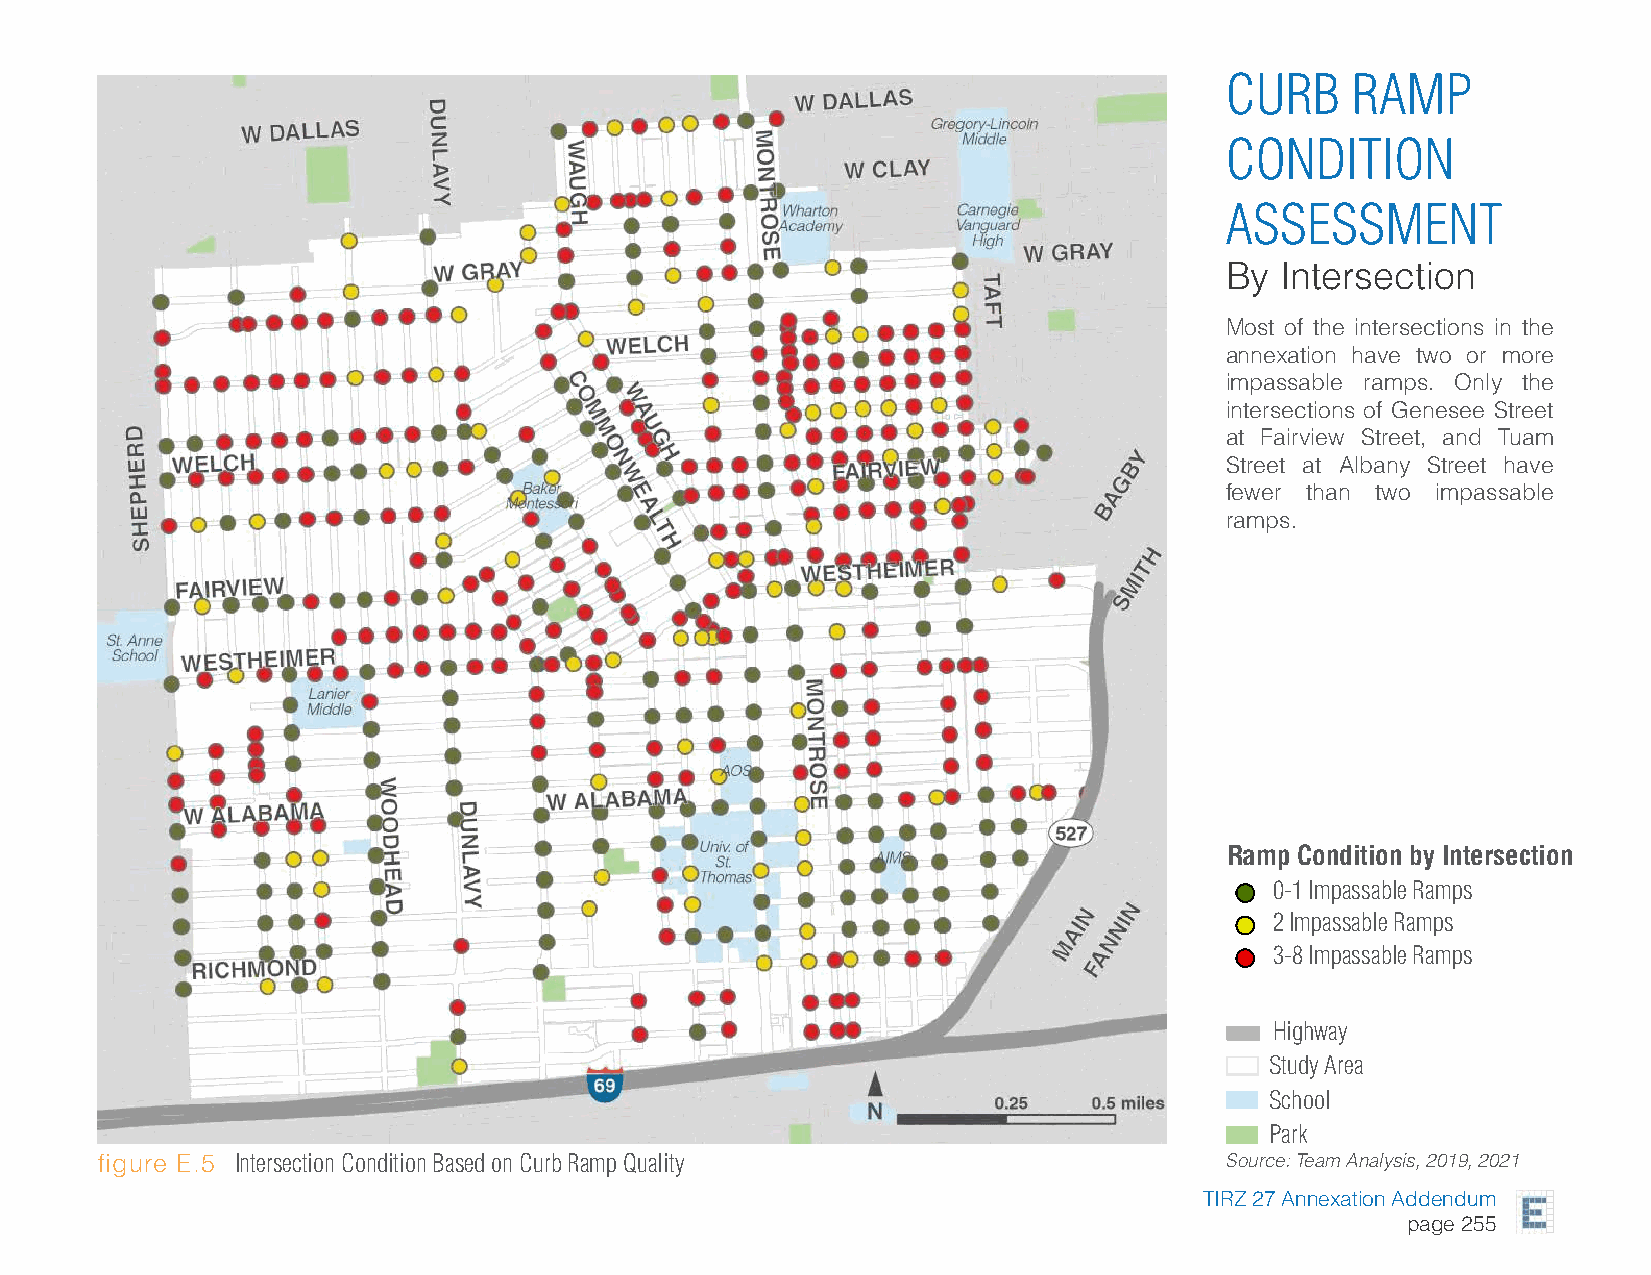
CURB    RAMP
 CONDITION
 ASSESSMENT
 By  Intersection
 Most of the intersections in the
 annexation have two or more
 impassable ramps. Only the
 intersections of Genesee Street
 at Fairview Street, and Tuam
 Street at Albany Street have
 fewer than two impassable
 ramps.
 Ramp Condition by Intersection
 0-1 Impassable Ramps
 2 Impassable Ramps
 3-8 Impassable Ramps
 Highway
 Study Area
 School
 Park
 figure E.5 Intersection Condition Based on Curb Ramp Quality               Source: Team Analysis, 2019, 2021
 TIRZ 27 Annexation Addendum
 page 255